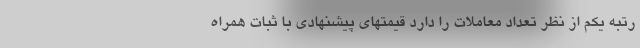
رتبه یکم از نظر تعداد معاملات را دارد قیمتهای پیشنهادی با ثبات همراه